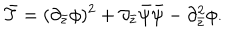
\bar { T } = ( \partial _ { \bar { z } } \phi ) ^ { 2 } + \partial _ { \bar { z } } \bar { \psi } \bar { \psi } - \partial _ { \bar { z } } ^ { 2 } \phi .